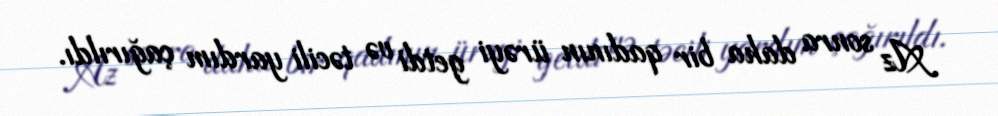
Az sonra daha bir qadının ürəyi getdi və təcili yardım çağırıldı.